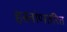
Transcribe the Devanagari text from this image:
हस्तांणतरित